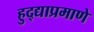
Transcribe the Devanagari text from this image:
हुद्द्याप्रमाणे